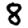
Digit: 8